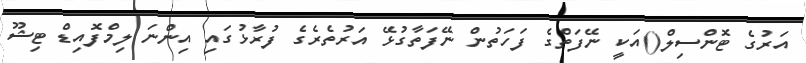
އަރުގެ ޓޮންސިލް()އަކީ ނޭފަތްގެ ފަހަތުން ނޭފަތާގުޅޭ އަރުތެރެގެ ފުރާޅުގައި އިންނަ ލިމްފޮއިޑް ޓިޝޫ